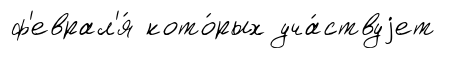
ф'еврал'я́ кото́рых уча́ствуjет